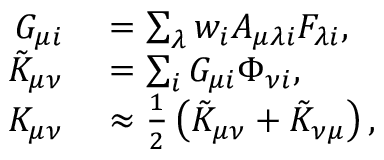
\begin{array} { r l } { G _ { \mu i } } & { { } = \sum _ { \lambda } w _ { i } A _ { \mu \lambda i } F _ { \lambda i } , } \\ { \tilde { K } _ { \mu \nu } } & { { } = \sum _ { i } G _ { \mu i } \Phi _ { \nu i } , } \\ { K _ { \mu \nu } } & { { } \approx \frac { 1 } { 2 } \left( \tilde { K } _ { \mu \nu } + \tilde { K } _ { \nu \mu } \right) , } \end{array}